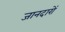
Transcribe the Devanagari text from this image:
जानदारों